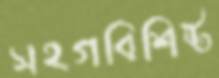
সহগবিশিষ্ট